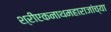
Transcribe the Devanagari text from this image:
श्रीएकनाथमहाराजांच्या